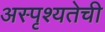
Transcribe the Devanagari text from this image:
अस्पृश्‍यतेची